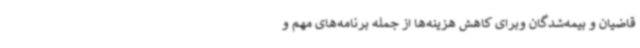
قاضیان و بیمه‌شدگان وبرای کاهش هزینه‌ها از جمله برنامه‌های مهم و